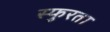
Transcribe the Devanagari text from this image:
स्फुरता